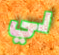
لي